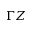
\Gamma Z